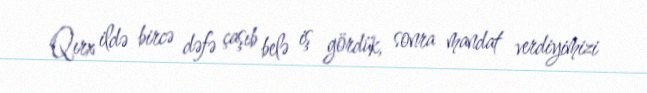
Qırx ildə bircə dəfə çaşıb belə iş gördük, sonra mandat verdiyimizi